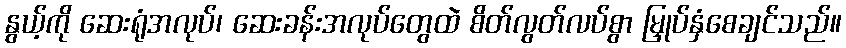
နွယ့်ကို ဆေးရုံအလုပ်၊ ဆေးခန်းအလုပ်တွေထဲ စိတ်လွတ်လပ်စွာ မြှုပ်နှံစေချင်သည်။